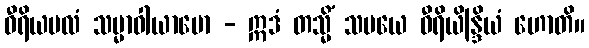
ဝီရိယဗလံ သမ္မာဝါယာမော - ဣဒံ တသ္မိံ သမယေ ဝီရိယိန္ဒြိယံ ဟောတိ။